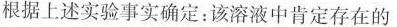
根据上述实验事实确定：该溶液中肯定存在的